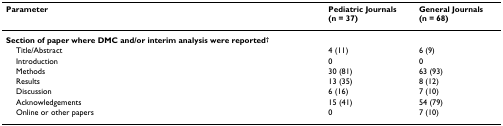
<table><thead><tr><td><b>Parameter</b></td><td><b>Pediatric Journals(n = 37)</b></td><td><b>General Journals(n = 68)</b></td></tr></thead><tbody><tr><td><b>Section of paper where DMC and/or interim analysis were reported<sup>†</sup></b></td><td></td><td></td></tr><tr><td> Title/Abstract</td><td>4 (11)</td><td>6 (9)</td></tr><tr><td> Introduction</td><td>0</td><td>0</td></tr><tr><td> Methods</td><td>30 (81)</td><td>63 (93)</td></tr><tr><td> Results</td><td>13 (35)</td><td>8 (12)</td></tr><tr><td> Discussion</td><td>6 (16)</td><td>7 (10)</td></tr><tr><td> Acknowledgements</td><td>15 (41)</td><td>54 (79)</td></tr><tr><td> Online or other papers</td><td>0</td><td>7 (10)</td></tr></tbody></table>